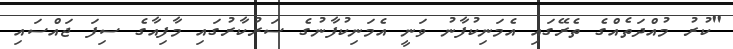
"ކުރު މުއްދަތެއްގެ ތެރޭގައި އެމަނިކުފާނު ވަނީ އެމަނިކުފާނުގެ ސަރުކާރުގައި މާފިއާގެ ސިފަ ޖައްސައި